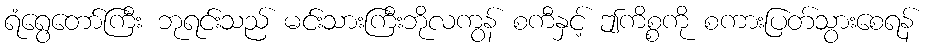
ရံရွေတော်ကြီး ဘုရင်းသည် မင်းသားကြီးဘိုလကွန် စကီနှင့် ဤကိစ္စကို စကားပြတ်သွားစေရန်